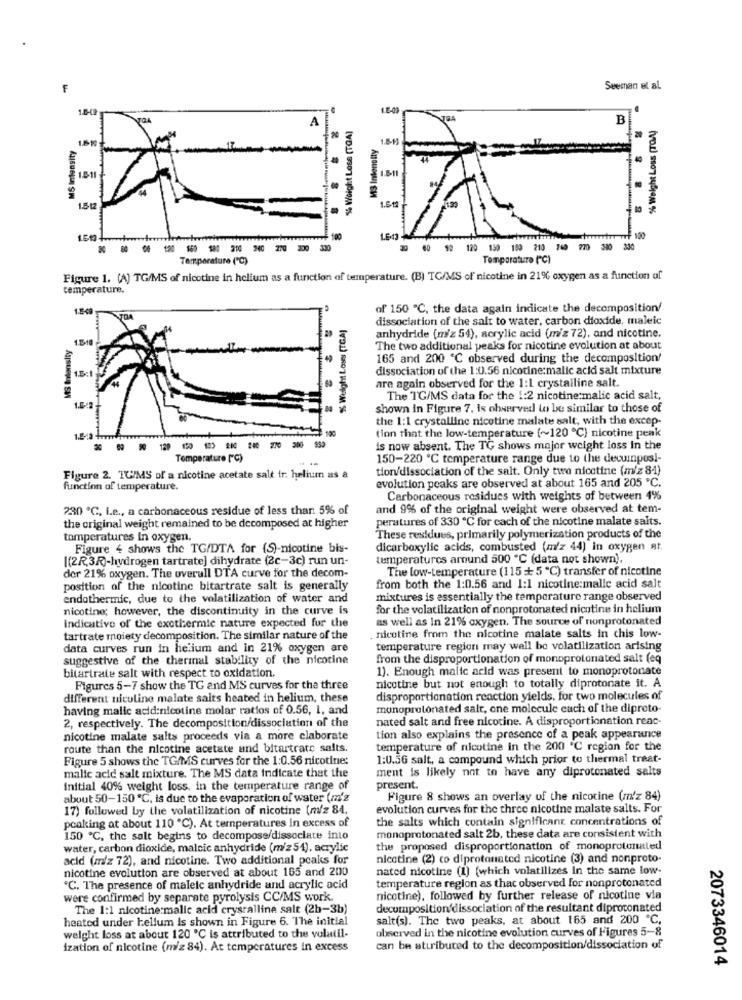
F
Seeman et al.
150
LE-00
A
JOA
B
% Weight Loss (TOA)
$ Weight Loss (TGA)
M3 Intensity
20
MS Intensity
40
133
1.5-12
1.50
100
100
00 99 120 150 180 210 760 770 300 330
Temperature ("℃)
Temparature ("℃)
Figure 1. (A) TG/MS of nicotine in helium as a function of temperature. (B) TC/MS of nicotine in 21% oxygen as a function of
temperature.
1.2-49
of 150 "℃, the data again indicate the decomposition/
%% Weight Loss (TGA]
dissociation of the salt to water, carbon dioxide, maleic
MS Intensity
anhydride (m/z 54), acrylic acid (m/z 72), and nicotine.
The two additional peaks for nicotine evolution at about
165 and 200 ℃ observed during the decomposition/
1.5:1
dissociation of the 1:0.56 nicotine:malic acid salt mixture
4
are again observed for the 1:1 crystalline salt.
The TG/MS data for the 1:2 nicotine:malic acid salt,
shown In Figure 7. is observed to be similar to those of
the 1:1 crystalline nicotine malate salt, with the excep-
tion that the low-temperature (~120 ℃) nicotine peak
129
-------
is now absent. The TG shows major weight loss in the
Temperature ["℃)
..
150-220 ℃ temperature range due to the decuiposl-
tion/dissociation of the salt. Only two nicotine (m/z 81)
Figure 2. TU/MS of a nicotine acetate salt ir: helium as a
evolution peaks are observed at about 165 and 205 ℃.
function of temperature.
Carbonaceous residues with weights of between 4%
230 ℃, i.e ., a carbonaceous residue of less than 5% of
and 9% of the original weight were observed at tem-
peratures of 330 ℃ for cach of the nicotine malate salts.
the original weight remained to be decomposed at higher
tomperatures In oxygen.
These residues, primarily polymerization products of the
Figure 4 shows the TG/DTA for (S)-nicotine bis-
dicarboxylic acids, combusted (m/z 44) in oxygen at.
[(2R,3R)-hydrogen tartrate] dihydrate (2c-3c) run un-
temperatures around 500 ℃ (data not shown),
The low-temperature (115 + 5 ℃) transfer of nicotine
der 21% oxygen. The overall DTA curve for the decom-
position of the nicotine bitartrate salt is generally
from both the 1:0.56 and 1:1 nicotine:malic acid salt
endothermic, due to the volatilization of water and
mixtures is essentially the temperature range observed
nicotine; however, the discontinuity in the curve is
for the volatilization of nonprotonated nicotine in helium
as well as In 21% oxygen, The source of rionprotonated
Indicativo of the exothermic nature expected fur the
tartrate moiety decomposition. The similar nature of the
. nicotine from the nicotine malate salts in chis low-
data curves run in helium and in 21% oxygen are
temperature region may well be volatilization arising
suggestive of the thermal stability of the nicotine
from the disproportionation of monoprotonated salt (eq
1). Enough malte acid was present to monoprotonate
bitartrate salt with respect to oxidation.
Figures 5-7 show the TG and MS curves for the three
nicotine but not enough to totally diprotonate it. A
different nicoline malate salts heated in helium, these
disproportionation reaction yields, for two molecules of
having malic acid:nicotine molar ratios of 0.56, 1, and
monoprotonated salt, one molecule cach of the diproto-
2, respectively. The decomposition/dissociation of the
nated salt and free nicotine. A disproportionation reac-
nicotine malate salts proceeds via a more elaborate
tion also explains the presence of a peak appearance
route than the nicotine acetate and bitartrate salts.
temperature of nicotine in the 200 ℃ region for the
Figure 5 shows the TG/MS curves for the 1:0.56 nicotine:
1:0.5G salt, a compound which prior to thermal treat-
malic acid salt mixture. The MS data indicate that the
ment is likely not to have any diprotonated salts
initial 40% weight loss, in the temperature range of
present.
about 50-150 ℃, is due to the evaporation of water (m'z
Figure 8 shows an overlay of the nicotine (m'z 84)
17) followed by the volatilization of nicotine (m/z 84.
evolution curves for the three nicotine malate salts. For
peaking at about 110 ℃). At temperatures in excess of
the salts which contain significant concentrations of
150 ℃, the salt begins to decompose/dissociate into
monoprotonated salt 2b, these data are consistent with
water, carbon dioxide, malcic anhydride (m/z 54), acrylic
the proposed disproportionation of monoprotonated
acid (m/z 72), and nicotine. Two additional peaks for
nicotine (2) to diprotonated nicotine (3) and nonproto-
nicotine evolution are observed at about 165 and 200
nated nicotine (1) (which volatilizes in the same low-
temperature region as that observed for nonprotonated
"C. The presence of maleic anhydride and acrylic acid
were confirmed by separate pyrolysis CC/MS work.
nicotine), followed by further release of nicotine via
The 1:1 nicotine:malle acid crystalline salt (2h-3b)
decomposition dissociation of the resultant diprotonated
heated under kellum Is shown in Figure 6. The initial
salt(s). The two peaks, at about 165 and 200 ℃,
observed in the nicotine evolution curves of Figures 5-8
weight loss at about 120 ℃ is attributed to the volatil-
ization of nicotine (m/z 84). At temperatures in excess
can be attributed to the decomposition/dissociation of
2073346014